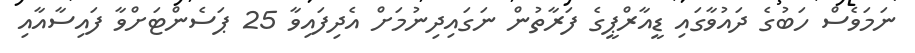
ނަމަވެސް ހަބުގެ ދައުވާގައި ޑީއާރްޕީގެ ފަރާތުން ނަގައިދިނުމަށް އެދިފައިވާ 25 ޕަސެންޓަށްވާ ފައިސާއާއި